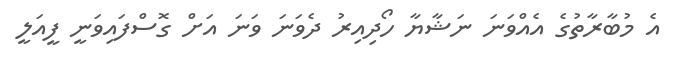
އެ މުބާރާތުގެ އެއްވަނަ ނަޝާޔާ ހޯދިއިރު ދެވަނަ ވަނަ އަށް ގޮސްފައިވަނީ ފީއަލީ